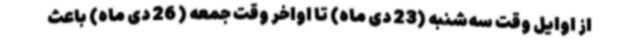
از اوایل وقت سه‌شنبه (23 دی ماه) تا اواخر وقت جمعه ( 26 دی ماه)‌ باعث